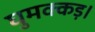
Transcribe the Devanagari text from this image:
घुमक्कड़।